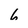
Character: 6